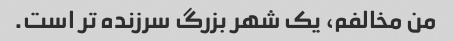
من مخالفم، یک شهر بزرگ سرزنده تر است.